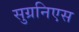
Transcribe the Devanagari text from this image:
सुग्रनिएस